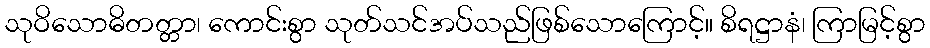
သုဝိသောဓိတတ္တာ၊ ကောင်းစွာ သုတ်သင်အပ်သည်ဖြစ်သောကြောင့်။ စိရဋ္ဌာနံ၊ ကြာမြင့်စွာ